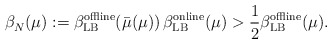
\begin{align*}\beta^{}_N(\mu) := \beta^{\textrm{offline}}_{\textrm{LB}}(\bar\mu(\mu))\, \beta^{\textrm{online}}_{\textrm{LB}}(\mu)> \frac12 \beta^{\textrm{offline}}_{\textrm{LB}}(\mu).\end{align*}